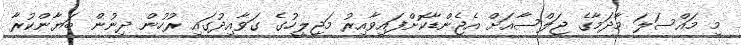
މި މައްސަލަ މާދަމާގެ ޖަލްސާއަށް އެޖެންޑާކޮށްފައިވާއިރު މަޖިލީހުގެ ގަވާއިދުގައި ރުހުން ދިނުން ބަޔާންކުރާ